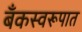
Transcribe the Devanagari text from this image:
बँकस्वरूपात